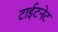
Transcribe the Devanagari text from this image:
टाईटनेट